King Institute of Preventive Medicine Micro-Biological Section reports 1912-19
Year: 1912
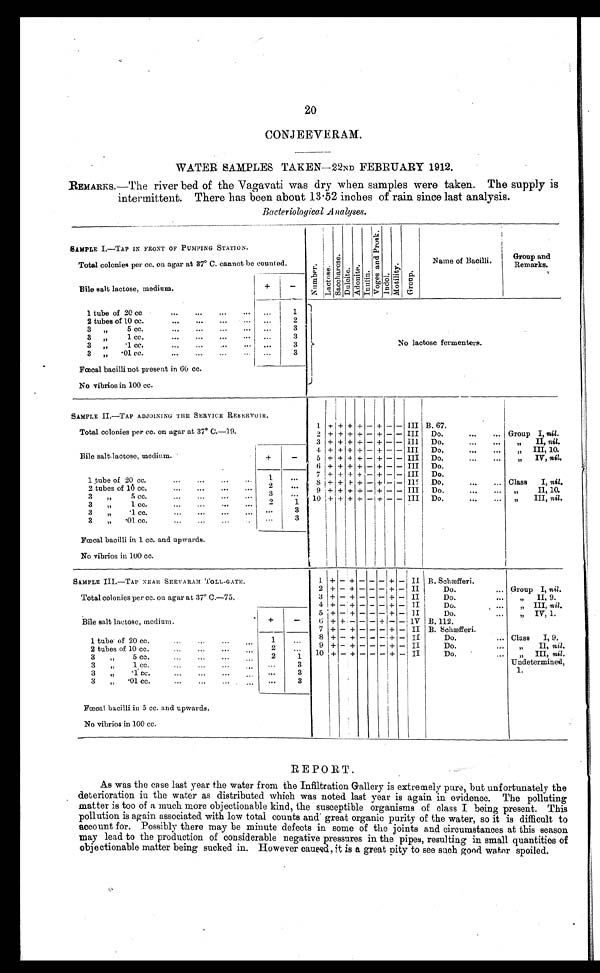
20
CONJEEVERAM.
WATER SAMPLES TAKEN—22ND FEBRUARY 1912.
REMARKS.—The river bed of the Vagavati was dry when samples were taken. The supply is
intermittent. There has been about 13.52 inches of rain since last analysis.
Bacteriological Analyses.
SAMPLE I.—TAP IN FRONT OF PUMPING STATION.
Number. L a c t o s e . S a c c h a r o s e .
D u l o t e . A d o n i t e . I n u l i n .
V o g e s a n d P r o s k . I n d o l . M o t i l i t y .
G r o u p .
Name of Bacilli.
Group and
Remarks.
Total colonies per cc. on agar at 37° C. cannot be counted.
Bile salt lactose, medium.
+
-
1 tube of 20 cc
...
...
...
1
No lactose fermenters.
2 tubes of 10 cc.
...
...
...
...
2
3 „ 5 cc.
...
...
. ..
. . .
3
3 „ 1 cc.
...
...
... ...
3
3 „
.1 cc. ... ... ...
...
3
3 „ .01 cc.
...
...
...
. . .
3
Fœcal bacilli not present in 60 cc.
No vibrios in 100 cc.
SAMPLE II.—TAP ADJOINING THE SERVICE RESERVOIR.
1. + + + + - + - III B. 67.
Total colonies per cc. on agar at 37° C.-19.
2 + + + + - + - - III Do.
...
... Group I, nil.
3 + + + + - + - - III
Do.
...
...
„ I I ,
n i l
.
4 + + + + - + - - III
Do.
...
...
„ I I I , 1 0 .
Bile salt lactose, medium.
+
_
5 + + + + - + - -
I I I
Do.
...
...
„ I V ,
n i l
.
6 + + + + - + - - III Do.
1 tube of 20 cc.
...
...
...
..
1
. . . 7 + + + + - + - - III Do.
8 + + + - + - + - -
I I I Do.
...
... Class I, nil.
2 tubes of 16 cc.
...
...
...
...
2
...
9 + + + + - + - - III
Do.
...
...
„ I I , 1 0 .
3
„
5 cc.
...
...
...
...
3
1 10 + + + + - + - - III Do.
...
...
„ I I I ,
n i l .
3
„
1 cc.
...
...
...
...
2
3
3
„
.1 cc. ... ... ... ...
. . . . .
3
3
„
.01 cc. ... ... ...
. . . 3
Fœcal bacilli in 1 cc. and upwards.
No vibrios in 100 cc.
SAMPLE III.—TAP NEAR SEEVARAM TOLL-GATE.
1
+ - + - - - + -
I I B. Schæfferi.
2 + - + - - - + - II
Do.
... Group I, nil.
Total colonies per cc. on agar at 37° C.-75.
3 + - + - - - + -
I I
Do.
... „
II, 9.
4 + - + - - - + - II
Do.
... „ III, nil.
5 + - + - - - + -
I I
Do.
...
„ IV, 1.
Bile salt lactose, medium
+
-
6 + + - - - + - -
I V B. 112.
1 tube of 20 cc.
...
...
...
..
1 ...
7 + - + - - - + - II B. Schæfferi.
8 + - + - - - + -
I I
Do. ... C l a s s I , 9 .
2 tubes of 10 cc.
...
...
...
...
2
...
9 +
-
+ - - - + - II
Do.
... „
II, nil.
3
„
5 cc.
...
...
...
...
2
1
1 0 + - + - - - + - -
I I
Do.
...
...
„ I I I ,
n i l
.
3 „ 1 cc.
...
...
...
...
3
Undetermined 1
3
„
.1 cc.
...
...
...
...
3
3 „ .01 cc.
...
...
...
...
3
Fœcal bacilli in 5 cc. and upwards.
No vibrios in 100 cc.
REPORT.
As was the case last year the water from the Infiltration Gallery is extremely pure, but unfortunately the
deterioration in the water as distributed which was noted last year is again in evidence. The polluting
matter is too of a much more objectionable kind, the susceptible organisms of class I being present. This
pollution is again associated with low total counts and great organic purity of the water, so it is difficult to
account for. Possibly there may be minute defects in some of the joints and circumstances at this season
may lead to the production of considerable negative pressures in the pipes, resulting in small quantities of
objectionable matter being sucked in. However caused, it is a great pity to see such good water spoiled.